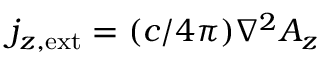
j _ { z , \mathrm { e x t } } = ( c / 4 \pi ) \nabla ^ { 2 } A _ { z }